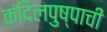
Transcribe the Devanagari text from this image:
कंदिलपुष्पाची